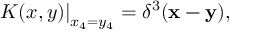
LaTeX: \left. K ( x , y ) \right| _ { x _ { 4 } = y _ { 4 } } = \delta ^ { 3 } ( { \mathbf x } - { \mathbf y } ) ,